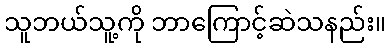
သူဘယ်သူ့ကို ဘာကြောင့်ဆဲသနည်း။